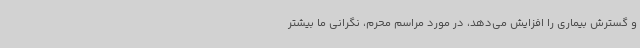
و گسترش بیماری را افزایش می‌دهد، در مورد مراسم محرم، نگرانی ما بیشتر